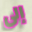
إلى